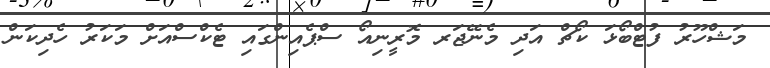
މަޝްހޫރު ފުޓްބޯޅަ ކޯޗް އަދި މެނޭޖަރ މޮރީނިއޯ ސްޕެއިންގައި ޓެކްސްއަށް މަކަރު ހެދިކަން